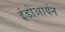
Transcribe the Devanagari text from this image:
इंडोआर्यन